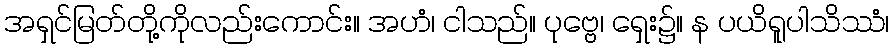
အရှင်မြတ်တို့ကိုလည်းကောင်း။ အဟံ၊ ငါသည်။ ပုဗ္ဗေ၊ ရှေး၌။ န ပယိရူပါသိဿံ၊